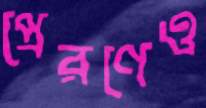
প্রেরণেও